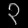
Digit: ၃